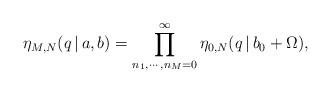
LaTeX: \begin{align*}\eta_{M,N}(q\,|\,a, b) = \prod\limits_{n_1,\cdots ,n_M=0}^\infty \eta_{0,N}(q\,|\, b_0+\Omega),\end{align*}